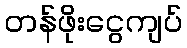
တန်ဖိုးငွေကျပ်